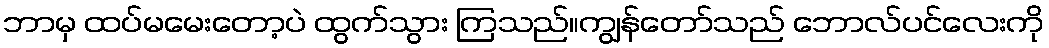
ဘာမှ ထပ်မမေးတော့ပဲ ထွက်သွား ကြသည်။ကျွန်တော်သည် ဘောလ်ပင်လေးကို